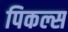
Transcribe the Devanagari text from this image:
पिकल्स